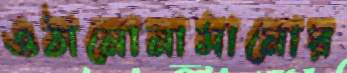
ওঠানোনামানোর